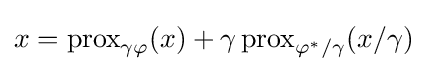
x=\operatorname {prox} _{\gamma \varphi }(x)+\gamma \operatorname {prox} _{\varphi ^{*}/\gamma }(x/\gamma )